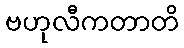
ဗဟုလီကတာတိ